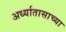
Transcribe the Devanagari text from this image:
अर्ध्यातासाच्या